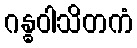
ဂန္ဓဝါသိတကံ